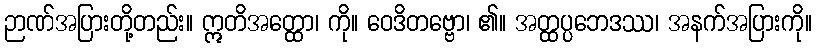
ဉာဏ်အပြားတို့တည်း။ ဣတိအတ္ထော၊ ကို။ ဝေဒိတဗ္ဗော၊ ၏။ အတ္ထပ္ပဘေဒဿ၊ အနက်အပြားကို။